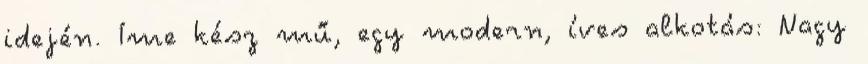
idején. Íme kész mű, egy modern, íves alkotás: Nagy